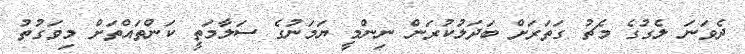
ދެވަނަ ލެގުގެ މެޗު ގަތަރަށް ބަދަލުކުރަން ނިންމީ ޔަމަނުގެ ސަލާމަތީ ކަންތައްތަށް މިވަގުތު